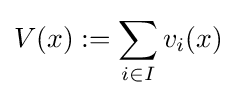
V(x):=\sum _{i\in I}v_{i}(x)